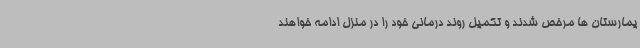
یمارستان ها مرخص شدند و تکمیل روند درمانی خود را در منزل ادامه خواهند